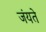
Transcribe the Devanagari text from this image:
जंयते